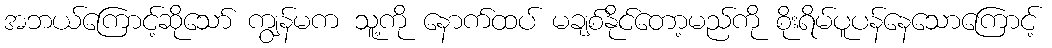
အဘယ်ကြောင့်ဆိုသော် ကျွန်မက သူ့ကို နောက်ထပ် မချစ်နိုင်တော့မည်ကို စိုးရိမ်ပူပန်နေသောကြောင့်